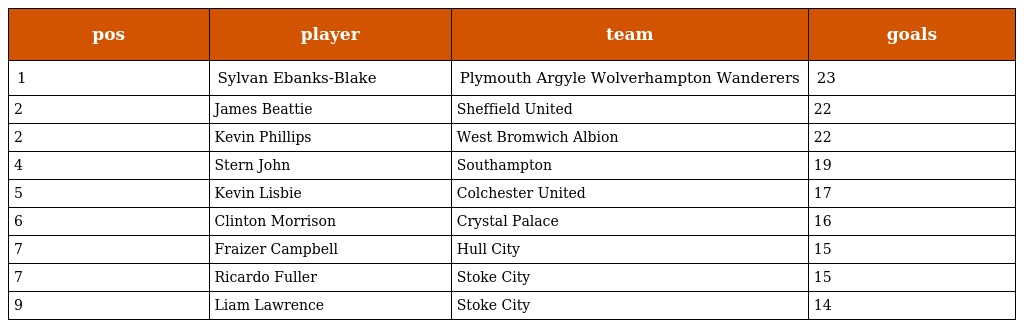
| pos | player | team | goals |
 | --- | --- | --- | --- |
 | 1 | Sylvan Ebanks-Blake | Plymouth Argyle Wolverhampton Wanderers | 23 |
 | 2 | James Beattie | Sheffield United | 22 |
 | 2 | Kevin Phillips | West Bromwich Albion | 22 |
 | 4 | Stern John | Southampton | 19 |
 | 5 | Kevin Lisbie | Colchester United | 17 |
 | 6 | Clinton Morrison | Crystal Palace | 16 |
 | 7 | Fraizer Campbell | Hull City | 15 |
 | 7 | Ricardo Fuller | Stoke City | 15 |
 | 9 | Liam Lawrence | Stoke City | 14 |